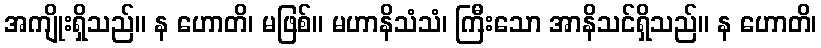
အကျိုးရှိသည်။ န ဟောတိ၊ မဖြစ်။ မဟာနိသံသံ၊ ကြီးသော အာနိသင်ရှိသည်။ န ဟောတိ၊